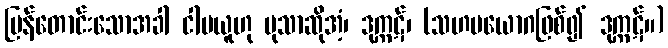
ပြန်တောင်းသောအခါ ငါမယူဟု မုသာဆိုအံ့၊ ဒုက္ကဋ်၊ (သဟပယောဂဖြစ်၍ ဒုက္ကဋ်။)